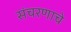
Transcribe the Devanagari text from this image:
संचरणाचे